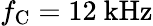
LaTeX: f_{\mathrm{C}}=12~\mathrm{kHz}